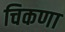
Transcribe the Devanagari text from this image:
चिकणा